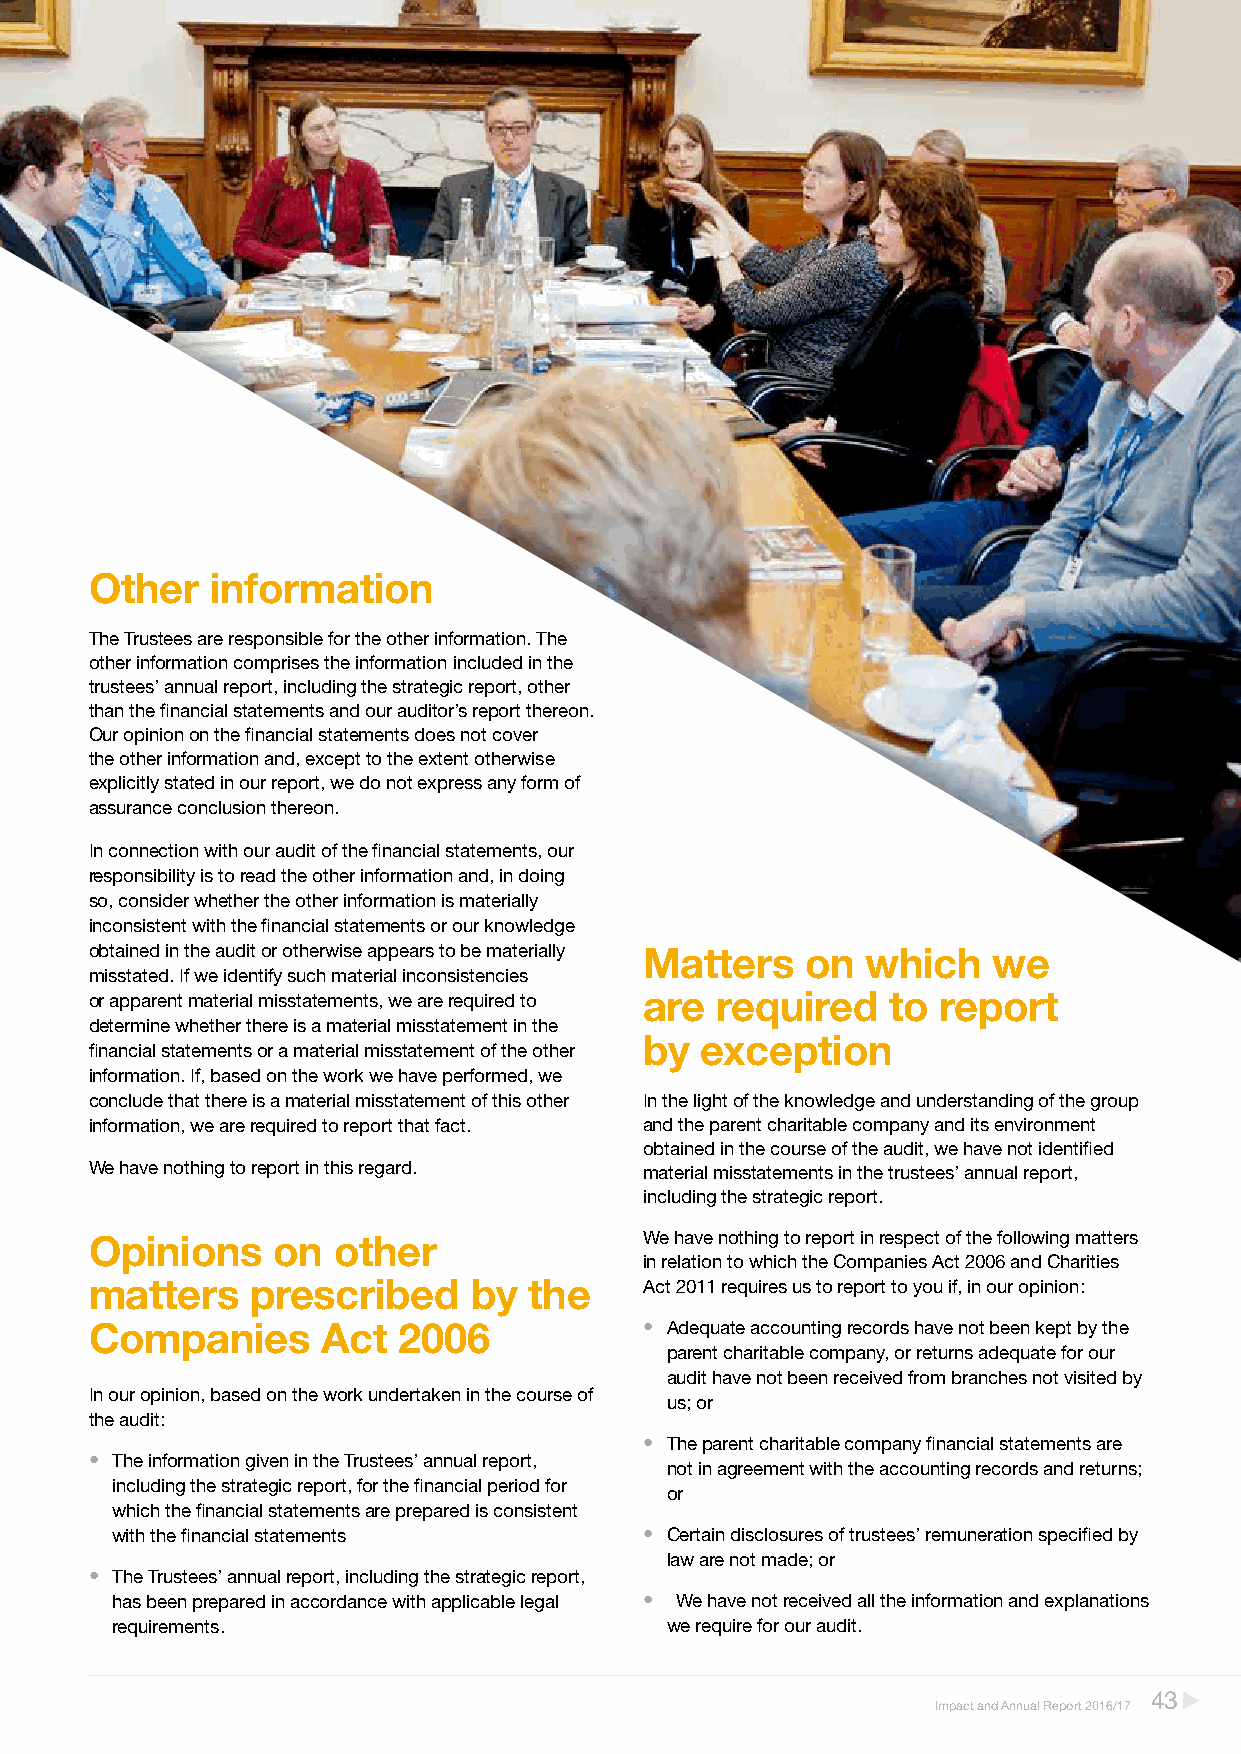
Other   information
 The Trustees are responsible for the other information. The
 other information comprises the information included in the
 trustees’ annual report, including the strategic report, other
 than the financial statements and our auditor’s report thereon.
 Our opinion on the financial statements does not cover
 the other information and, except to the extent otherwise
 explicitly stated in our report, we do not express any form of
 assurance conclusion thereon.
 In connection with our audit of the financial statements, our
 responsibility is to read the other information and, in doing
 so, consider whether the other information is materially
 inconsistent with the financial statements or our knowledge
 obtained in the audit or otherwise appears to be materially Matters on which we
 misstated. If we identify such material inconsistencies
 or apparent material misstatements, we are required to are required to report
 determine whether there is a material misstatement in the
 by exception
 financial statements or a material misstatement of the other
 information. If, based on the work we have performed, we
 conclude that there is a material misstatement of this other In the light of the knowledge and understanding of the group
 information, we are required to report that fact. and the parent charitable company and its environment
 obtained in the course of the audit, we have not identified
 We have nothing to report in this regard. material misstatements in the trustees’ annual report,
 including the strategic report.
 Opinions    on  other                We have nothing to report in respect of the following matters
 in relation to which the Companies Act 2006 and Charities
 matters    prescribed    by  the     Act 2011 requires us to report to you if, in our opinion:
 Companies      Act  2006             • Adequate accounting records have not been kept by the
 parent charitable company, or returns adequate for our
 audit have not been received from branches not visited by
 In our opinion, based on the work undertaken in the course of
 us; or
 the audit:
 • The parent charitable company financial statements are
 • The information given in the Trustees’ annual report,
 not in agreement with the accounting records and returns;
 including the strategic report, for the financial period for
 or
 which the financial statements are prepared is consistent
 with the financial statements       • Certain disclosures of trustees’ remuneration specified by
 law are not made; or
 • The Trustees’ annual report, including the strategic report,
 has been prepared in accordance with applicable legal • We have not received all the information and explanations
 requirements.                        we require for our audit.
 43
 Impact and Annual Report 2016/17
 T